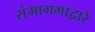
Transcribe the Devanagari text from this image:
संमागमाद्वारे